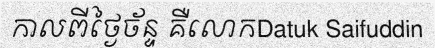
កាលពីថ្ងៃច័ន្ទ គឺលោកDatuk Saifuddin